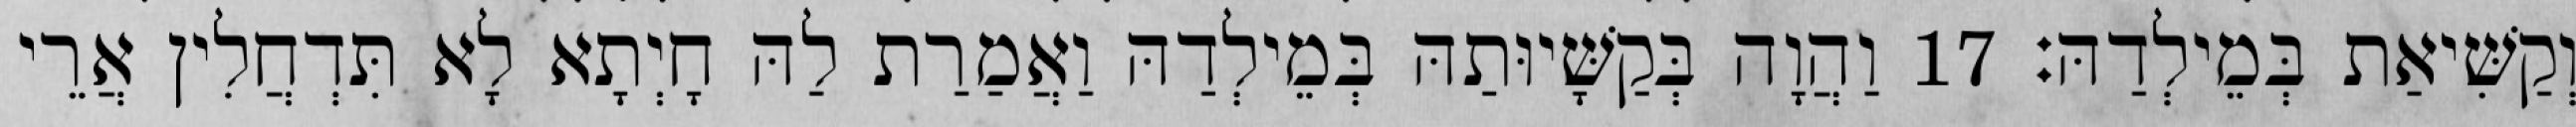
וְקַשִּׁיאַת בְּמֵילְדַהּ׃ 17 וַהֲוָה בְּקַשָּׁיוּתַהּ בְּמֵילְדַהּ וַאֲמַרַת לַהּ חָיְתָא לָא תִּדְחֲלִין אֲרֵי